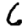
Digit: 6